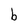
Character: b